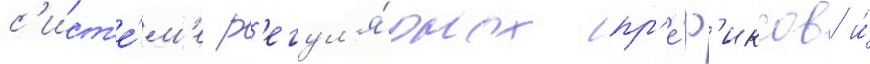
с'ист'е́м'е р'егул'я́рных пр'е́ф'иксов и́